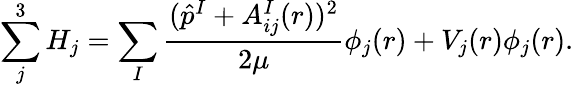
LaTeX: \sum_{j}^{3}H_{j}=\sum_{I}\frac{(\hat{p}^{I}+A_{ij}^{I}(r))^{2}}{2\mu}\phi_{j}(r)+V_{j}(r)\phi_{j}(r).